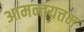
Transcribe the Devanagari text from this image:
आमन्तयत्तम